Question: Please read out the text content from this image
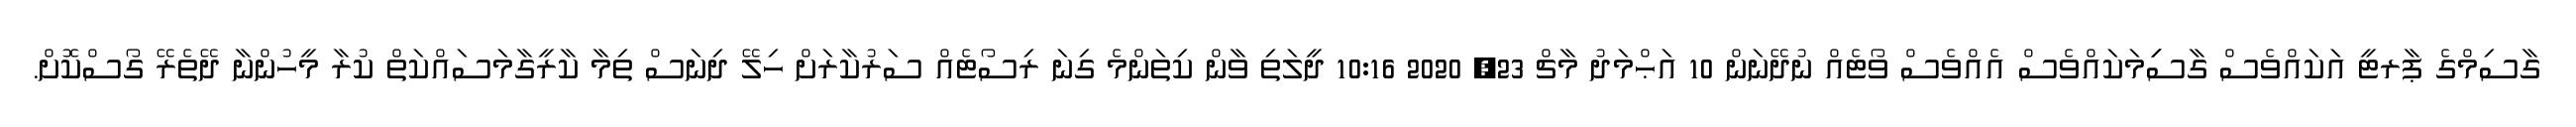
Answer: ގާސިމްގެ ޕާރޓީ އަކައްވެސް ގާސިިމަކައްވެސް އެއްވެސް ވޯޓެއް ނުދޭނަން 10 އަޙްމަދު މާޗް 23, 2020 10:16 ދީލަތި ވާން ކިތަންމެ ގިނަ ރިސޯޓެއް ސަރުކާރަށް ހިލޭ ދިނަސް ތިމާ ކާރީގާމަސައްކަތް ކުރާ މީހުންނާ ދޭތެރޭ ގޯސްކޮށް.